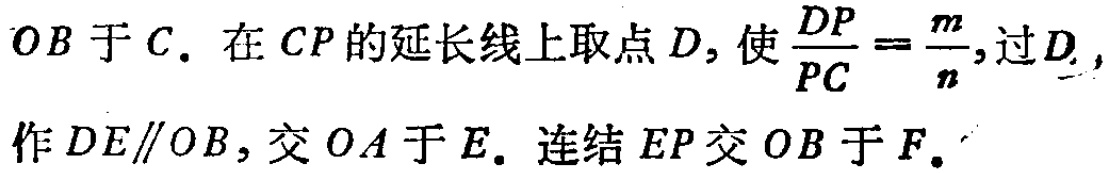
$OB于C.在CP的延长线上取点D,使\frac{DP}{PC}=\frac{m}{n},过D,$

作$DE\parallel OB,交OA于E.连结EP交OB于F.$